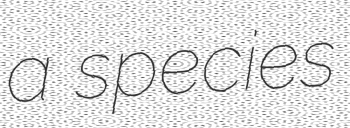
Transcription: a species